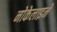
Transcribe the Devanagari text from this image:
नोकेलाइनें